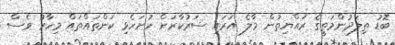
ބޮޑު ތިލަދުންމަތީގެ ރައްޔިތުން މާލެ އަރައި ސަރުކާރަށް ހުށަހެޅި ކަންތައްތައް މިހާރު ވެސް